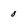
Character: 0